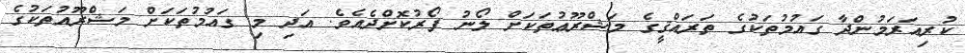
ކުރިއަރަމުންދާ ގައުމުތަކުގެ ތަރައްޤީގެ މަޝްރޫޢުތަކަށް ލޯނު ފޯރުކޮށްދެއެވެ. އަދި މި ގައުމުތަކަށް މަޝްރޫއުތަކުގެ